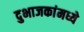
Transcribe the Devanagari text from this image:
दुभाजकांमध्ये